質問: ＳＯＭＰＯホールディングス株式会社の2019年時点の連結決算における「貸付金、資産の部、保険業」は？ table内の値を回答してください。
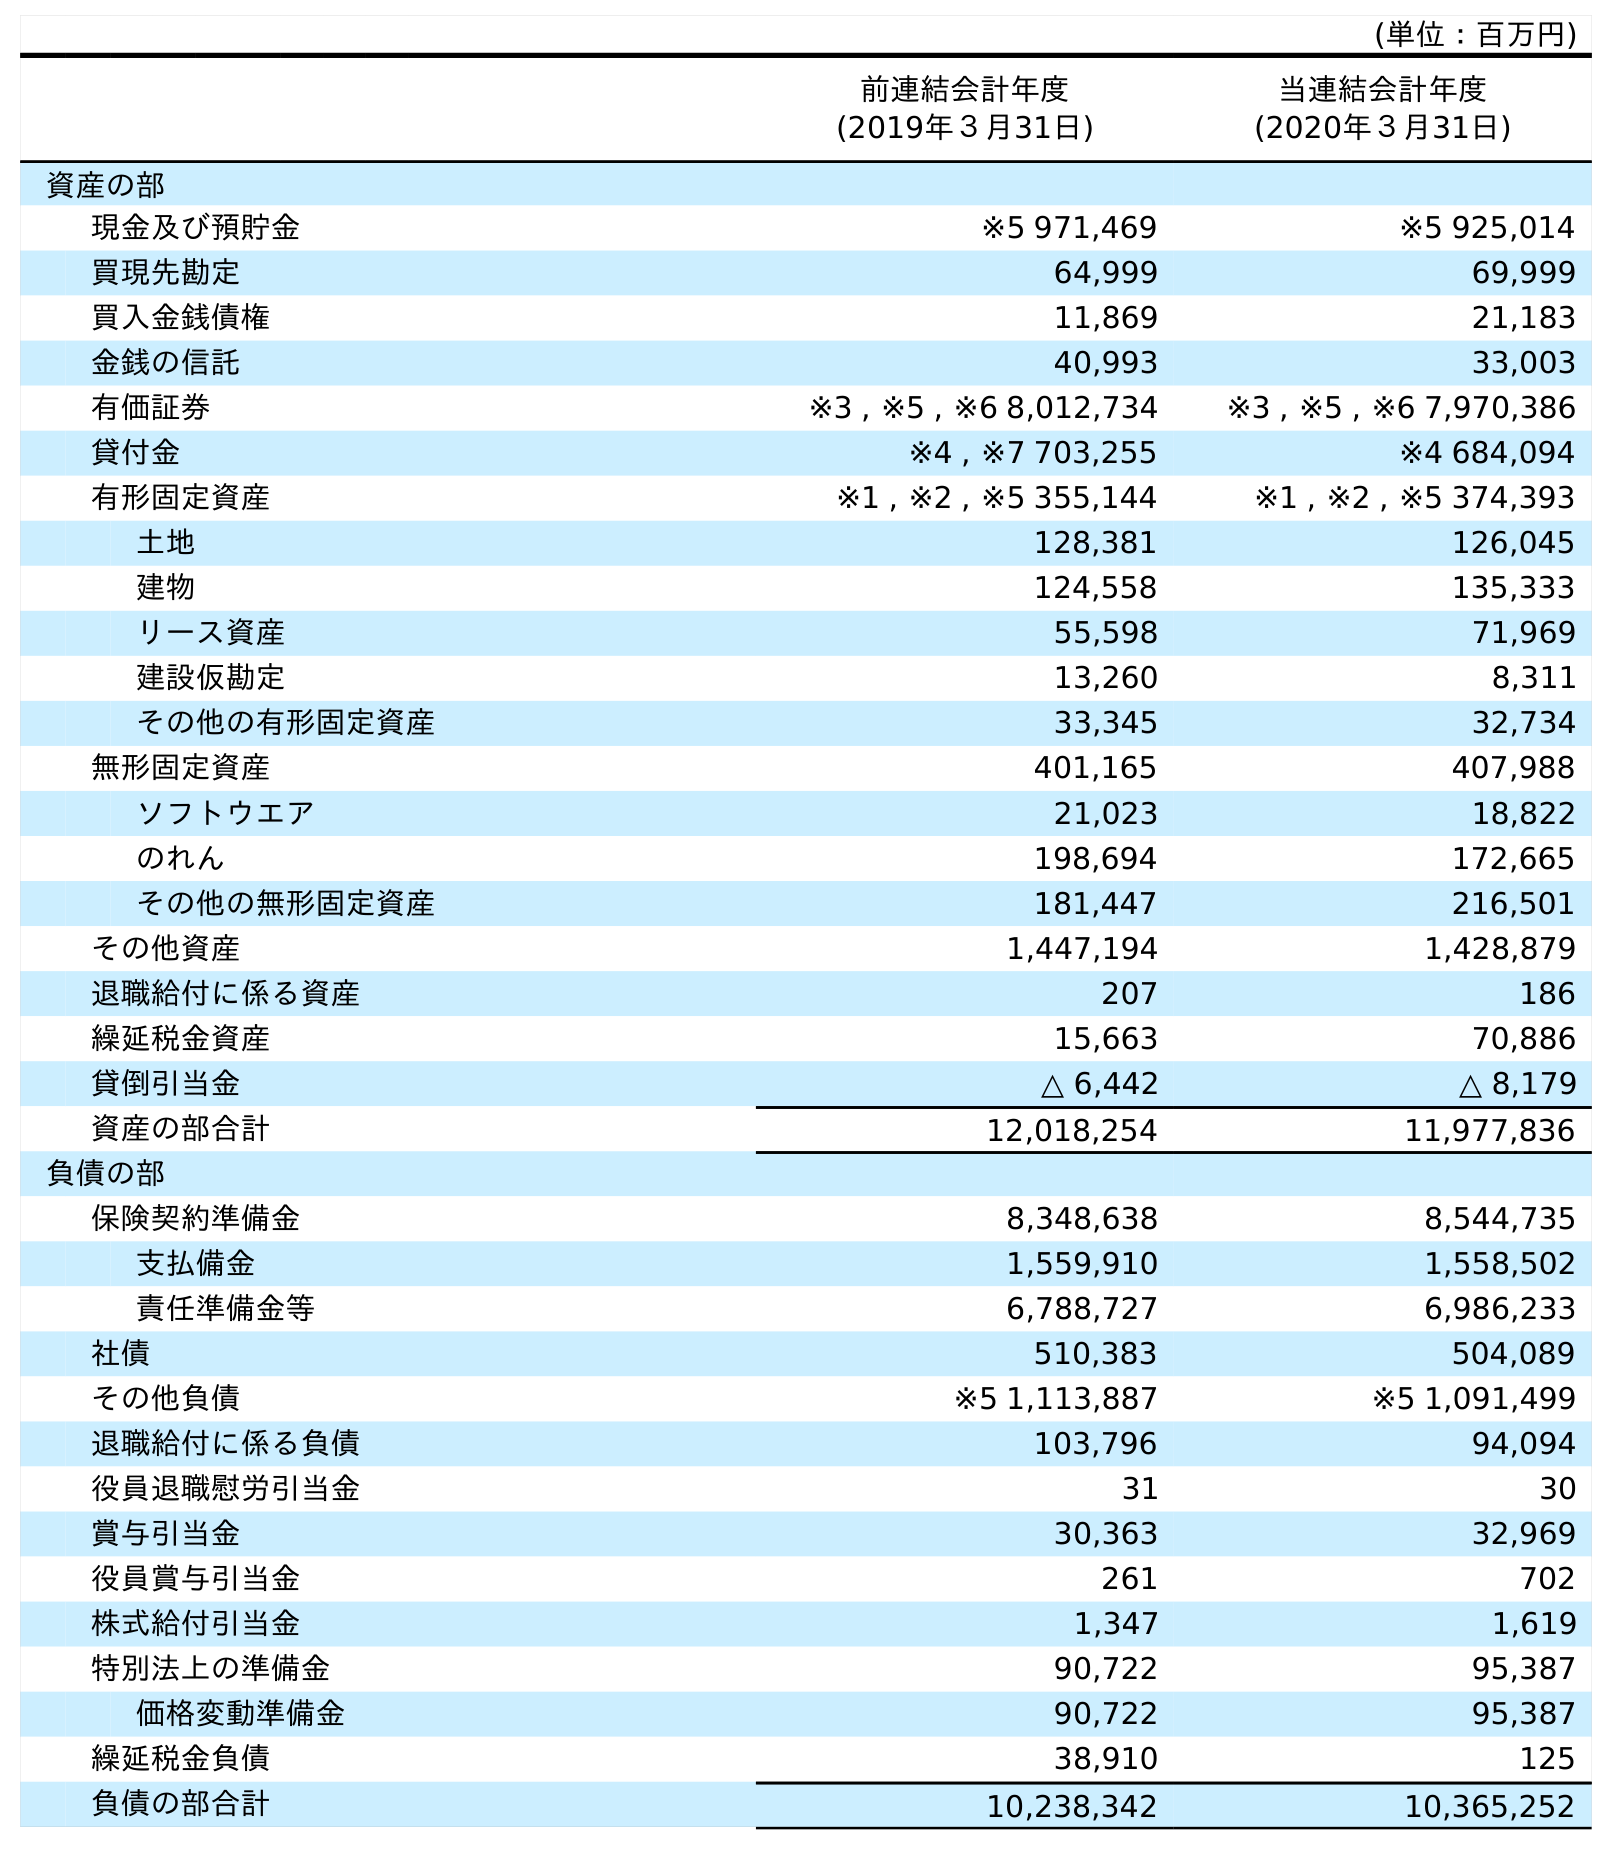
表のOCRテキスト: (単位：百万円) 前連結会計年度 (2019年３月31日) 当連結会計年度 (2020年３月31日) 資産の部 現金及び預貯金 ※5 971,469 ※5 925,014 買現先勘定 64,999 69,999 買入金銭債権 11,869 21,183 金銭の信託 40,993 33,003 有価証券 ※3 , ※5 , ※6 8,012,734 ※3 , ※5 , ※6 7,970,386 貸付金 ※4 , ※7 703,255 ※4 684,094 有形固定資産 ※1 , ※2 , ※5 355,144 ※1 , ※2 , ※5 374,393 土地 128,381 126,045 建物 124,558 135,333 リース資産 55,598 71,969 建設仮勘定 13,260 8,311 その他の有形固定資産 33,345 32,734 無形固定資産 401,165 407,988 ソフトウエア 21,023 18,822 のれん 198,694 172,665 その他の無形固定資産 181,447 216,501 その他資産 1,447,194 1,428,879 退職給付に係る資産 207 186 繰延税金資産 15,663 70,886 貸倒引当金 △ 6,442 △ 8,179 資産の部合計 12,018,254 11,977,836 負債の部 保険契約準備金 8,348,638 8,544,735 支払備金 1,559,910 1,558,502 責任準備金等 6,788,727 6,986,233 社債 510,383 504,089 その他負債 ※5 1,113,887 ※5 1,091,499 退職給付に係る負債 103,796 94,094 役員退職慰労引当金 31 30 賞与引当金 30,363 32,969 役員賞与引当金 261 702 株式給付引当金 1,347 1,619 特別法上の準備金 90,722 95,387 価格変動準備金 90,722 95,387 繰延税金負債 38,910 125 負債の部合計 10,238,342 10,365,252
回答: ※4,※7703,255